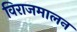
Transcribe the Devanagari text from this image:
विराजमालन